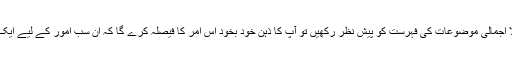
اگر آپ امت مسلمہ کے مذکورہ بالا اجمالی موضوعات کی فہرست کو پیش نظر رکھیں تو آپ کا ذہن خود بخود اس امر کا فیصلہ کرے گا کہ ان سب امور کے لیے ایک اجتماعی اجتہاد کی ضرورت ہے۔